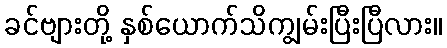
ခင်ဗျားတို့ နှစ်ယောက်သိကျွမ်းပြီးပြီလား။